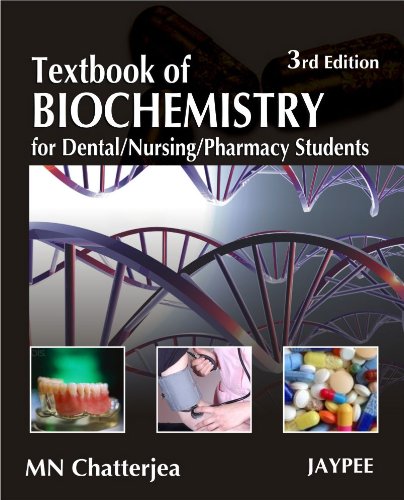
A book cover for Textbook of Biochemistry for Dental, Nursing, Pharmacy Students; Chatterjea; Medical Books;